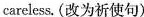
careless. (改为祈使句)